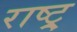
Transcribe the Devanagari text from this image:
राष्ट्र्